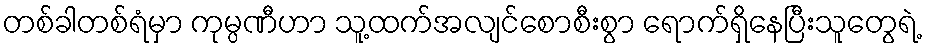
တစ်ခါတစ်ရံမှာ ကုမ္ပဏီဟာ သူ့ထက်အလျင်စောစီးစွာ ရောက်ရှိနေပြီးသူတွေရဲ့